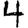
Digit: 4